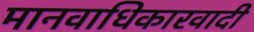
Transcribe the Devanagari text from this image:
मानवाधिकारवादी